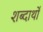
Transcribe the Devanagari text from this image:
शब्दार्थो